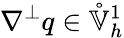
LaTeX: \nabla^{\perp}q\in\mathring{\mathbb{V}}_{h}^{1}